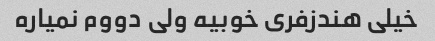
خیلی هندزفری خوبیه ولی دووم نمیاره